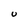
Character: U